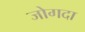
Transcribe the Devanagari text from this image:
जोगदा